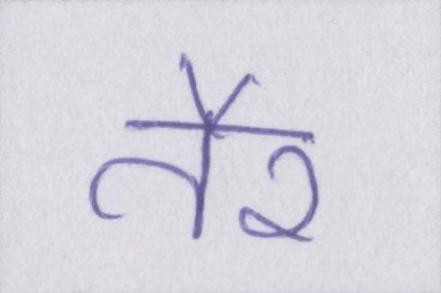
तैर